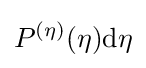
P^{(\eta )}(\eta )\mathrm {d} \eta